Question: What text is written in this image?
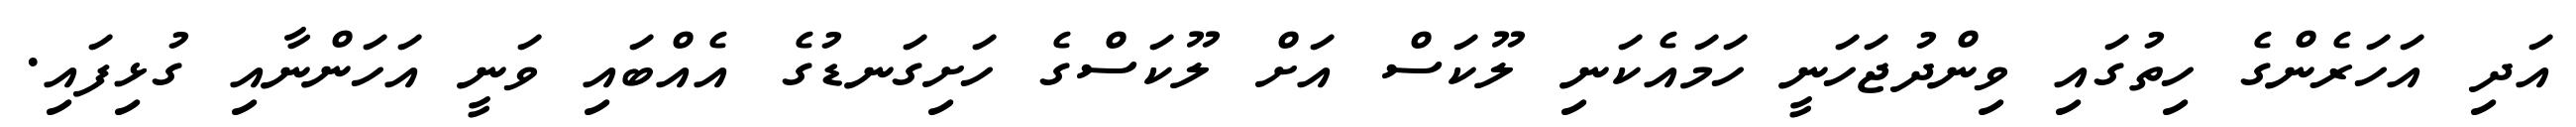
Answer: އަދި އަހަރެންގެ ހިތުގައި ވިންދުޖަހަނީ ހަމައެކަނި ލޫކަސް އަށް ލޫކަސްގެ ހަށިގަނޑުގެ އެއްބައި ވަނީ އަހަންނާއި ގުޅިފައި.